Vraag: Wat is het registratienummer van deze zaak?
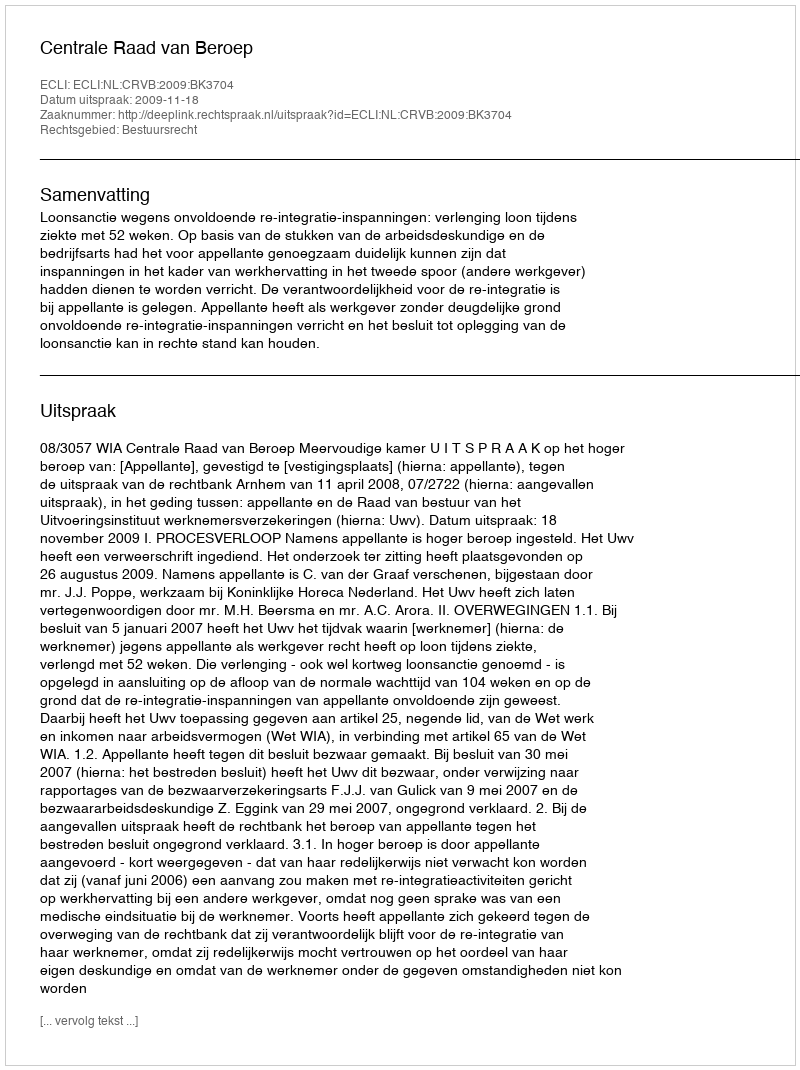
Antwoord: http://deeplink.rechtspraak.nl/uitspraak?id=ECLI:NL:CRVB:2009:BK3704